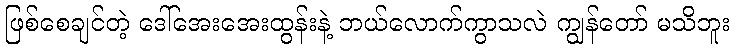
ဖြစ်စေချင်တဲ့ ဒေါ်အေးအေးထွန်းနဲ့ ဘယ်လောက်ကွာသလဲ ကျွန်တော် မသိဘူး